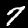
Digit: 7